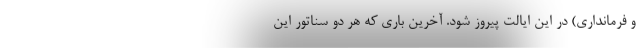
و فرمانداری) در این ایالت پیروز شود. آخرین باری که هر دو سناتور این